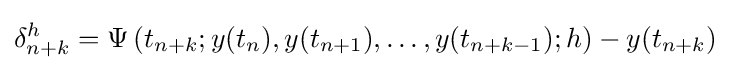
\delta _{n+k}^{h}=\Psi \left(t_{n+k};y(t_{n}),y(t_{n+1}),\dots ,y(t_{n+k-1});h\right)-y(t_{n+k})